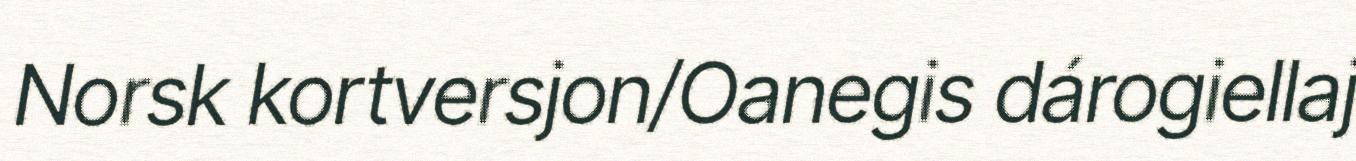
Norsk kortversjon/Oanegis dárogiellaj